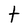
Character: t